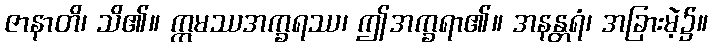
ဇာနာတိ၊ သိ၏။ ဣမဿအက္ခရဿ၊ ဤအက္ခရာ၏။ အနန္တရံ၊ အခြားမဲ့၌။